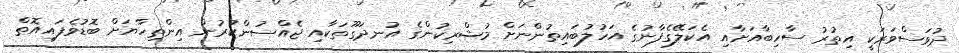
ދުވަސްވަރަކީ އިތުރު ސާހިބާއަށާއި އެކަލޭގެފާނުގެ އަހުލުބައިތުންނަށް މުޝްރިކުންގެ އުނދަގޫތަކާއި ޖެއްސުންކުރުން އިންތިހާޔަށް ބޮޑުވެފައިއޮތް